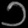
Digit: ၁